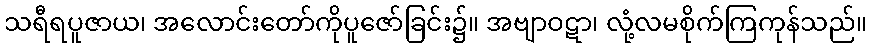
သရီရပူဇာယ၊ အလောင်းတော်ကိုပူဇော်ခြင်း၌။ အဗျာဝဋာ၊ လုံ့လမစိုက်ကြကုန်သည်။